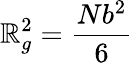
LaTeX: \mathbb{R}_{g}^{2}=\frac{{Nb^{2}}}{{6}}